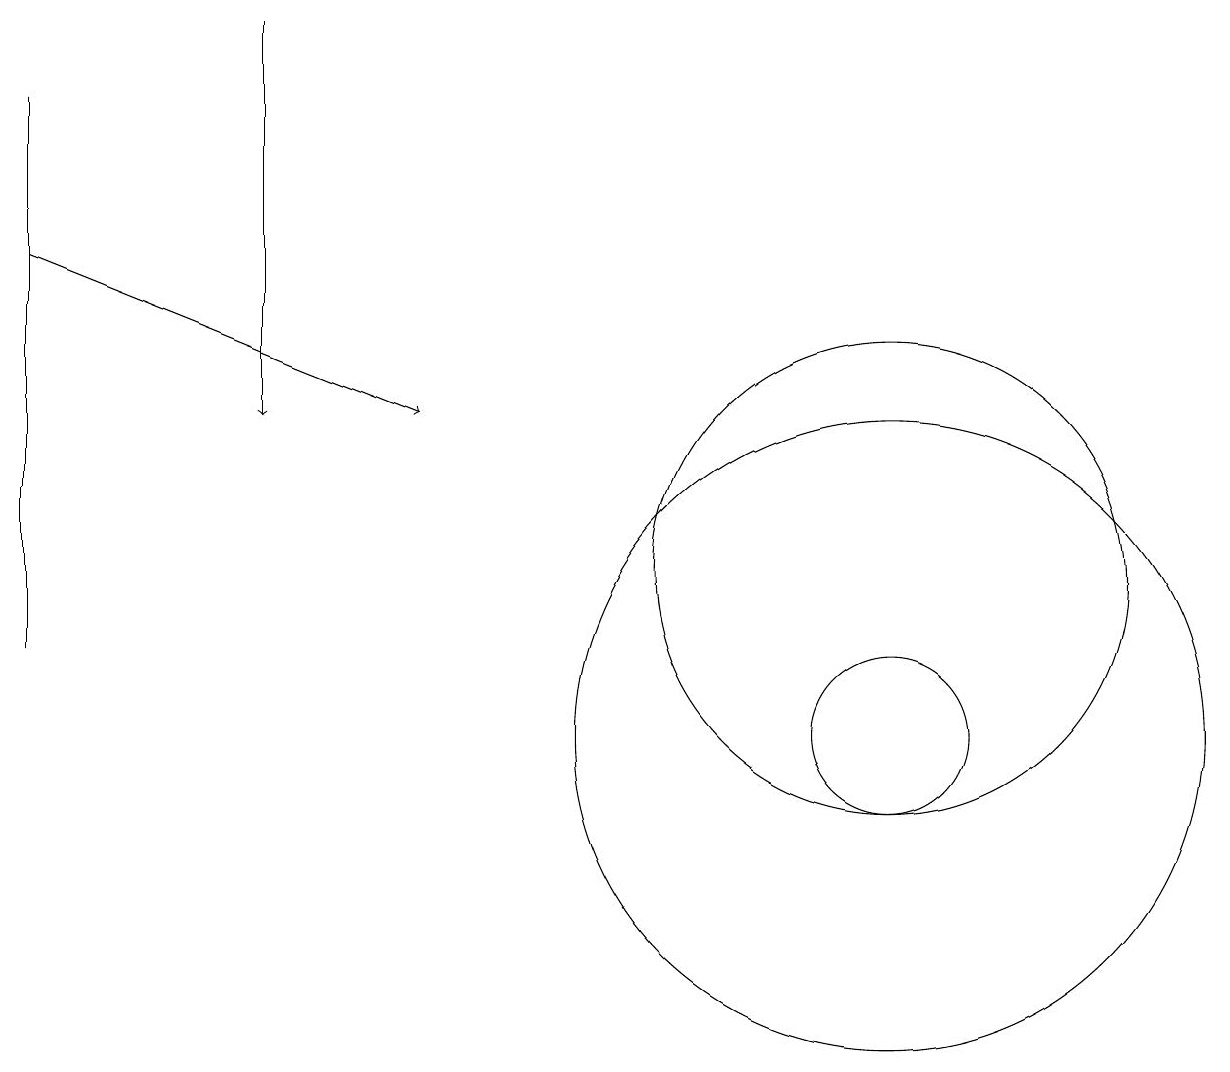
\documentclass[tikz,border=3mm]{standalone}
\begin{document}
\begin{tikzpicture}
\draw (11,10) circle (4);
\draw (0,18) rectangle (0,11);
\draw[->] (3,19) -- (3,14);
\draw[->] (0,16) -- (5,14);
\draw (11,10) circle (1);
\draw (11,12) circle (3);
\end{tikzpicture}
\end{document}